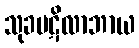
သုခပဋိလာဘာယ